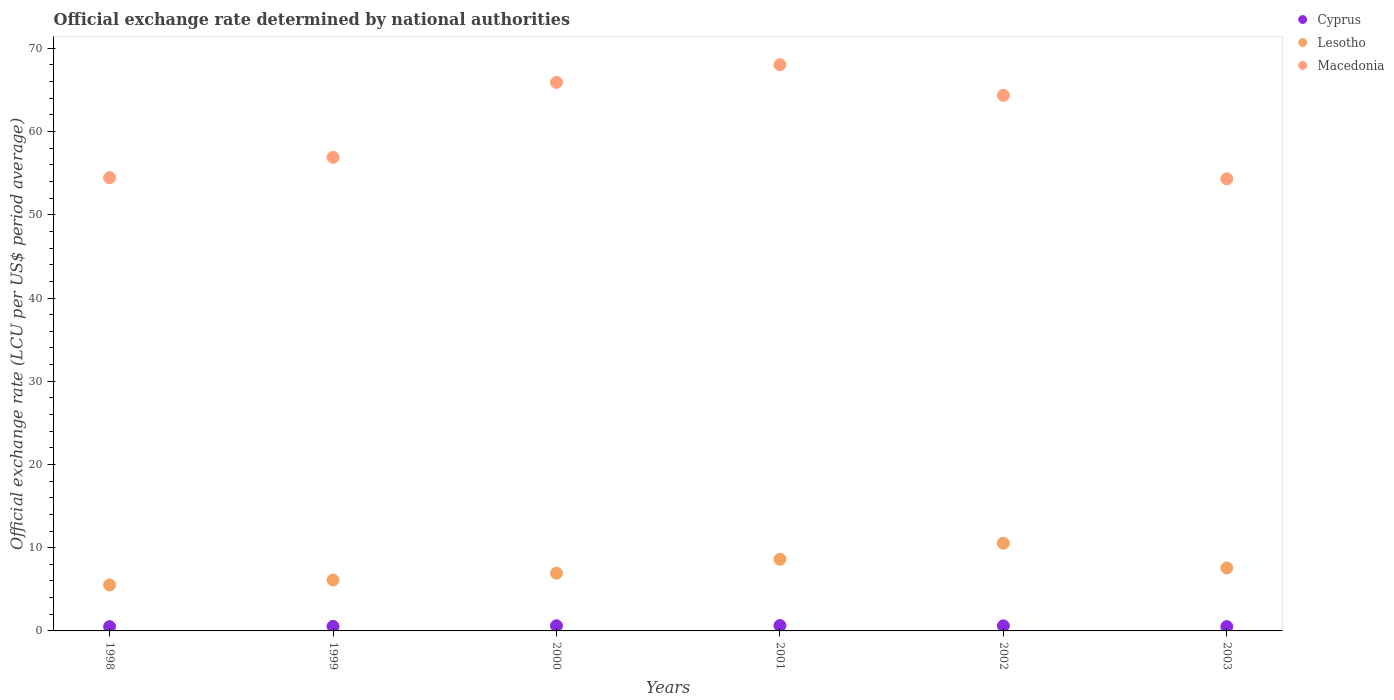
| Years | Cyprus | Lesotho | Macedonia |
 | --- | --- | --- | --- |
 | 1998 | 0.518 | 5.53 | 54.5 |
 | 1999 | 0.543 | 6.11 | 56.9 |
 | 2000 | 0.622 | 6.94 | 65.9 |
 | 2001 | 0.643 | 8.61 | 68 |
 | 2002 | 0.611 | 10.5 | 64.3 |
 | 2003 | 0.517 | 7.56 | 54.3 |